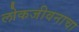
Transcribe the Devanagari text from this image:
लोकजीवनाचा